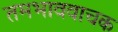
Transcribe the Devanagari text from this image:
तमभाववाचक